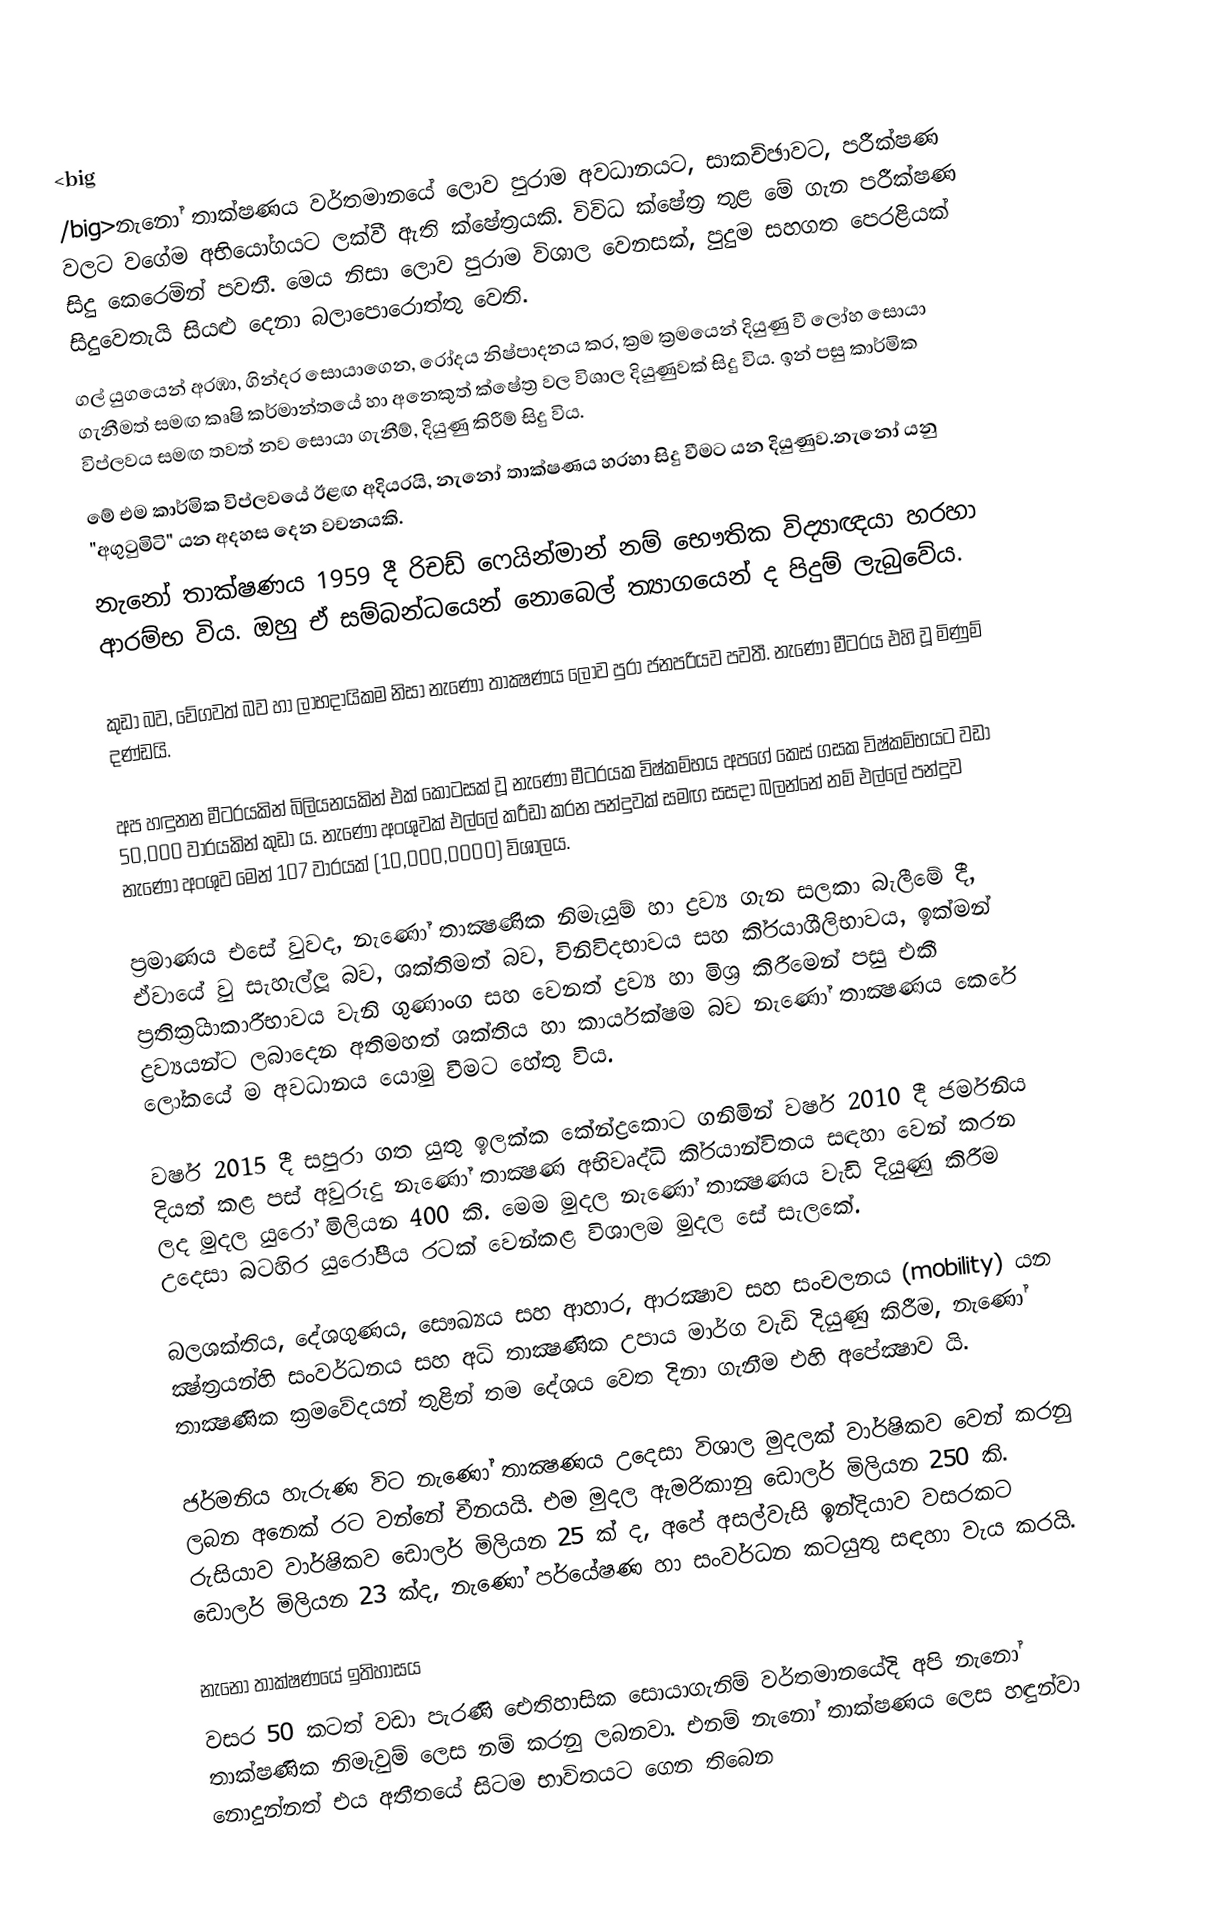
<big
/big>නැනෝ තාක්ෂණය වර්තමානයේ ලොව පුරාම අවධානයට, සාකච්ඡාවට, ප‍රීක්ෂණ වලට වගේම අභියෝගයට ලක්වී ඇති ක්ෂේත්‍රයකි. විවිධ ක්ෂේත්‍ර තුළ මේ ගැන ප‍රීක්ෂණ සිදු කෙරෙමින් පවතී. මෙය නිසා ලොව පුරාම විශාල වෙනසක්, පුදුම සහගත පෙරළියක් සිදුවෙතැයි සියළු දෙනා බලාපොරොත්තු වෙති.
ගල් යුගයෙන් අරඹා, ගින්ද‍ර සොයාගෙන, රෝදය නිෂ්පාදනය කර, ක්‍රම ක්‍රමයෙන් දියුණු වී ලෝහ සොයා ගැනීමත් සමඟ කෘෂි කර්මාන්තයේ හා අනෙකුත් ක්ෂේත්‍ර වල විශාල දියුණුවක් සිදු විය. ඉන් පසු කාර්මික විප්ලවය සමඟ තවත් නව සොයා ගැනීම්, දියුණු කිරීම් සිදු විය.
මේ එම කාර්මික විප්ලවයේ ඊළඟ අදියරයි, නැනෝ තාක්ෂණය හ‍රහා සිදු වීමට යන දියුණුව.නැනෝ යනු "අගුටුමිටි" යන අදහස දෙන වචනයකි.
නැනෝ තාක්ෂණය 1959 දී රිචඩ් ෆෙයින්මාන් නම් භෞතික විද්‍යාඥයා හ‍රහා ආරම්භ විය. ඔහු ඒ සම්බන්ධයෙන් නොබෙල් ත්‍යාගයෙන් ද පිදුම් ලැබුවේය.

කුඩා බව, වේගවත් බව හා ලාභදායිකම නිසා නැණෝ තාක්‍ෂණය ලොව පුරා ජනප‍්‍රියව පවතී. නැණෝ මීටරය එහි වූ මිණුම් දණ්ඩයි.

අප හඳුනන මීටරයකින් බිලියනයකින් එක් කොටසක් වූ නැණෝ මීටරයක විෂ්කම්භය අපගේ කෙස් ගසක විෂ්කම්භයට වඩා 50,000 වාරයකින් කුඩා ය. නැණෝ අංශුවක් එල්ලේ ක‍්‍රීඩා කරන පන්දුවක් සමඟ සසදා බලන්නේ නම් එල්ලේ පන්දුව නැණෝ අංශුව මෙන් 107 වාරයක් (10,000,0000) විශාලය.

ප‍්‍රමාණය එසේ වුවද, නැණෝ තාක්‍ෂණික නිමැයුම් හා ද්‍රව්‍ය ගැන සලකා බැලීමේ දී, ඒවායේ වු සැහැල්ලූ බව, ශක්තිමත් බව, විනිවිදභාවය සහ කි‍්‍රයාශීලිභාවය, ඉක්මන් ප‍්‍රතික‍්‍රියාකාරීභාවය වැනි ගුණාංග සහ වෙනත් ද්‍රව්‍ය හා මිශ‍්‍ර කිරීමෙන් පසු එකී ද්‍රව්‍යයන්ට ලබාදෙන අතිමහත් ශක්තිය හා කාර්යක්ෂම බව නැණෝ තාක්‍ෂණය කෙරේ ලෝකයේ ම අවධානය යොමු වීමට හේතු විය.

වර්ෂ 2015 දී සපුරා ගත යුතු ඉලක්ක කේන්ද්‍රකොට ගනිමින් වර්ෂ 2010 දී ජර්මනිය දියත් කළ පස් අවුරුදු නැණෝ තාක්‍ෂණ අභිවෘද්ධි කි‍්‍රයාන්විතය සඳහා වෙන් කරන ලද මුදල යුරෝ මිලියන 400 කි. මෙම මුදල නැණෝ තාක්‍ෂණය වැඩි දියුණු කිරීම උදෙසා බටහිර යුරෝපීය රටක් වෙන්කළ විශාලම මුදල සේ සැලකේ.

බලශක්තිය, දේශගුණය, සෞඛ්‍යය සහ ආහාර, ආරක්‍ෂාව සහ සංචලනය (mobility) යන ක්‍ෂ්ත‍්‍රයන්හි සංවර්ධනය සහ අධි තාක්‍ෂණික උපාය මාර්ග වැඩි දියුණු කිරීම, නැණෝ තාක්‍ෂණික ක‍්‍රමවේදයන් තුළින් තම දේශය වෙත දිනා ගැනීම එහි අපේක්‍ෂාව යි.

ජර්මනිය හැරුණ විට නැණෝ තාක්‍ෂණය උදෙසා විශාල මුදලක් වාර්ෂිකව වෙන් කරනු ලබන අනෙක් රට වන්නේ චීනයයි. එම මුදල ඇමරිකානු ඩොලර් මිලියන 250 කි. රුසියාව වාර්ෂිකව ඩොලර් මිලියන 25 ක් ද, අපේ අසල්වැසි ඉන්දියාව වසරකට ඩොලර් මිලියන 23 ක්ද, නැණෝ පර්යේෂණ හා සංවර්ධන කටයුතු සඳහා වැය කරයි.

නැනෝ තාක්ෂණයේ ඉතිහාසය
වසර 50 කටත් වඩා පැරණි ඓතිහාසික සොයාගැනිම් වර්තමානයේදි අපි නැනෝ තාක්ෂණික නිමැවුම් ලෙස නම් කරනු ලබනවා.  එනම් නැනෝ තාක්ෂණය ලෙස හඳුන්වා නොදුන්නත් එය අතීතයේ සිටම භාවිතයට ගෙන තිබෙන